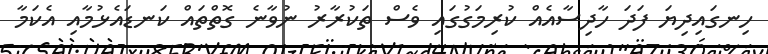
ހިނގައިދިޔަ ފަދަ ހާދިސާއެއް ކުރިމަގުގައި ވެސް ތަކުރާރު ނުވާނެ ގޮތްތައް ކަނޑައެޅުމާއި އެކަމާ